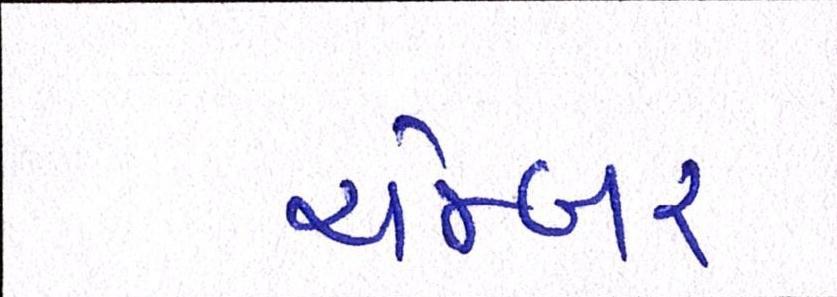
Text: ચેમ્બર